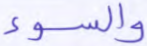
والسوء